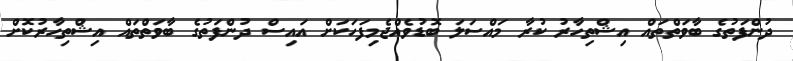
ދުންފަތުގެ ބާވަތްތައް އިޝްތިހާރު ކުރާ މައްސަލަ ބޮޑުވެއްޖެމިފަހަކަށް އައިސް ދުންފަތުގެ ބާވަތްތައް އިޝްތިހާރުކޮށް